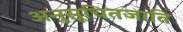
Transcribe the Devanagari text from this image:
अनुसूचितजाति